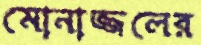
মোনাজ্জলের